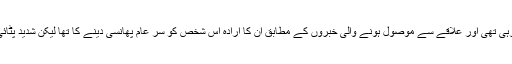
مظاہرین کی رہنمائی ناگا طلبہ کی ایک تنظیم کر رہی تھی اور علاقے سے موصول ہونے والی خبروں کے مطابق ان کا ارادہ اس شخص کو سر عام پھانسی دینے کا تھا لیکن شدید پٹائی کی وجہ سے ملزم نے راستے میں ہی دم توڑ دیا۔